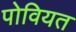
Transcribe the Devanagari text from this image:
पोवियत